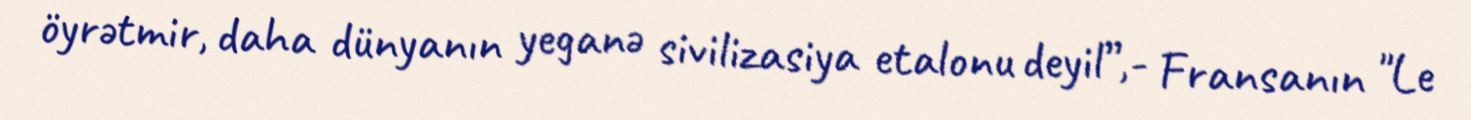
öyrətmir, daha dünyanın yeganə sivilizasiya etalonu deyil”,- Fransanın "Le